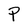
Character: P